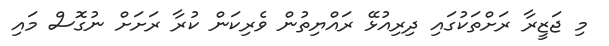
މި ޖަޒީރާ ރަށްތަކުގައި ދިރިއުޅޭ ރައްޔިތުން ވެރިކަން ކުރާ ރަށަށް ނުގޮސް މައި